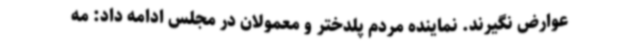
عوارض نگیرند. نماینده مردم پلدختر و معمولان در مجلس ادامه داد: مه